Sketch of the medical history of the native army of Bombay, for the year
Year: 1872
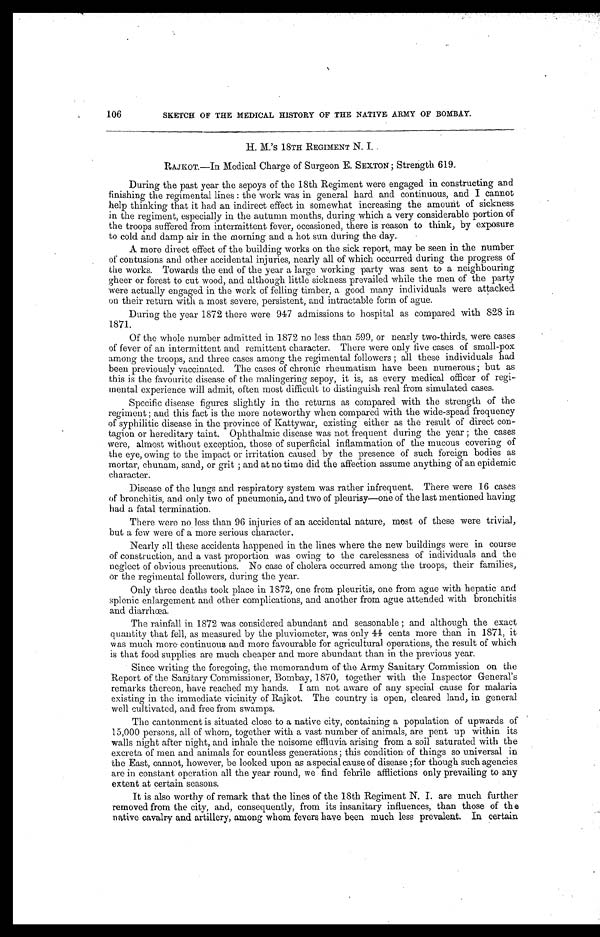
106
SKETCH OF THE MEDICAL HISTORY OF THE NATIVE ARMY OF BOMBAY.
•
•
H. M.'s 18TH REGIMENT N. I. .
RAJKoT.—In Medical Charge of Surgeon E. SEXTON ; Strength 619.
During the past year the sepoys of the 18th Regiment were engaged in constructing and
finishing the regimental lines : the work was in general hard and continuous, and I cannot
help thinking that it had an indirect effect in somewhat increasing the amount of sickness
in the regiment, especially in the autumn months, during which a very considerable portion of
the troops suffered from intermittent fever, occasioned, there is reason to think, by exposure
to cold and damp air in the morning and a hot sun during the day..
A more direct effect of the building works on the sick report, may be seen in the number
of contusions and other accidental injuries, nearly all of which occurred during the progress of
the works. Towards the end of the year a large working party was sent to a neighbouring
gheer or forest to cut wood, and although little sickness prevailed while the men of the party
were actually engaged in the work of felling timber, a good many individuals were attacked
on their return with a most severe, persistent, and intractable form of ague.
During the year 1872 there were 947 admissions to hospital as compared with 828 in
1871.
Of the whole number admitted in 1872 no less than 599, or nearly two-thirds, were cases
of fever of an intermittent and remittent character. There were only five cases of small-pox
among the troops, and three cases amon the regimental followers ; all these individuals had
been previously vaccinated. The cases of chronic rheumatism have been numerous; but as
this is the favourite disease of the malingering sepoy, it is, as every medical officer of regi
. m e n t a l e x p e r i e n c e w i l l a d m i t , o f t e n m o s t d i f f i c u l t t o d i s t i n g u i s h r e a l f r o m s i m u l a t e d c a s e s .
Specific disease figures slightly in the returns as compared with the strength of the
regiment ; and this fact is the more noteworthy when compared with the wide-spead frequency
of syphilitic disease in the province of Kattywar, existing either as the result of direct con-
tagion or hereditary taint. Ophthalmic disease was not frequent during the year ; the cases
were, almost without exception, those of superficial inflammation of the mucous covering of
the eye, owing to the impact or irritation caused by the presence of such foreign bodies as
mortar, chunam, sand, or grit ; and at no time did the affection assume anything of an epidemic
character.
Disease of the lungs and respiratory system was rather infrequent. There were 16 cases
of bronchitis, and only two of pneumonia, and two of pleurisy—one of the last mentioned having
had a fatal termination.
There were no less than 96 injuries of an accidental nature, most of these were trivial,
but a few were of a more serious character.
Nearly all these accidents happened in the lines where the new buildings were in course
of construction, and a vast proportion was owing to the carelessness of individuals and the
neglect of obvious precautions. No case of cholera occurred among the troops, their families,
or the regimental followers, during the year.
Only three deaths took place in 1872, one from pleuritis, one from ague with hepatic and
splenic enlargement and other complications, and another from ague attended with bronchitis
and diarrhœa.
The rainfall in 1872 was considered abundant and seasonable ;. and although the exact
quantity that fell, as measured by the pluviometer, was only 44 cents more than in 1871, it
was much more continuous and more favourable for agricultural operations, the result of which
is that food supplies are much cheaper and more abundant than in the previous year.
Since writing the foregoing, the memorandum of the Army Sanitary Commission on the
Report of the Sanitary Commissioner, Bombay, 1870, together with the Inspector General's
remarks thereon, have reached my hands. I am not aware of any special cause for malaria
existing in the immediate vicinity of Rajkot. The country is open, cleared land, in general
well cul tivated, and free from swamps.
The cantonment is situated close to a native city, containing a population of upwards of
15,000 persons, all of whom, together with a vast number of animals, are pent up within its
walls night after night, and inhale the noisome effluvia arising from a soil saturated with the
excreta of men and animals for countless generations; this condition of things so universal in
the East, cannot, however, be looked upon as a special cause of disease ; for though such agencies
are in constant operation all the year round, we find febrile afflictions only prevailing to any
extent at certain seasons.
It is also worthy of remark that the lines of the 18th Regiment N. I. are much further
removed from the city, and, consequently, from its insanitary influences, than those of the
native cavalry and artillery, among whom fevers have been much less prevalent. In certain